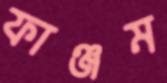
ফাঞ্জম